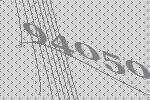
94050